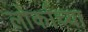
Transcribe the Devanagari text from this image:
लोर्काच्या